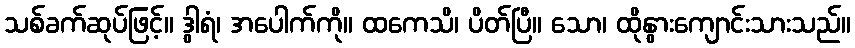
သစ်ခက်ဆုပ်ဖြင့်။ ဒွါရံ၊ အပေါက်ကို။ ထကေသိ၊ ပိတ်ပြီ။ သော၊ ထိုနွားကျောင်းသားသည်။